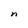
Character: n